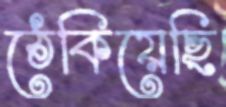
ঠেকিয়েছি